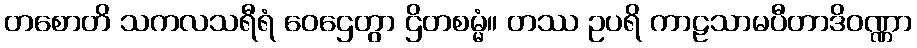
တစောတိ သကလသရီရံ ဝေဌေတွာ ဌိတစမ္မံ။ တဿ ဥပရိ ကာဠသာမပီတာဒိဝဏ္ဏာ